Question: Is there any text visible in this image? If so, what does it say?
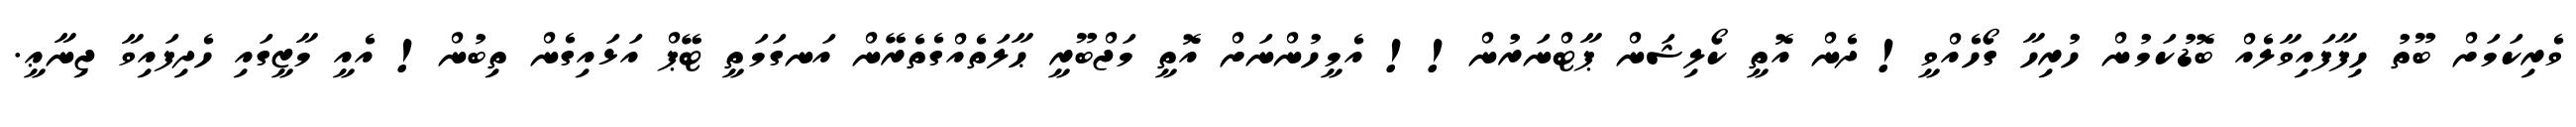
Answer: ވެރިކަމަށް ބޫތު ހިފާފައިވާލެއް ބޮޑުކަމުން ހުރިހާ ގޯހެއްވީ! ދެން އޮތީ ކޯލިޝަން ޕާޓްނަރުން!! އެމީހުންނަށް އޮތީ މަޖްބޫރީ ޙާލަތެއްގެތެރޭން އަނގަމަތީ ޓޭޕް އަޅައިގެން ތިބުން! އެއީ މާޒީގައި ހެދިފައިވާ ޖިނާޢީ.